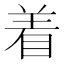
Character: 着